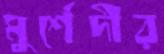
মুর্শেদীর